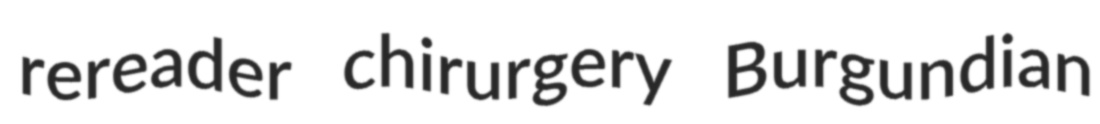
rereader chirurgery Burgundian